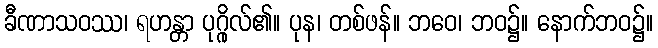
ခီဏာသဝဿ၊ ရဟန္တာ ပုဂ္ဂိုလ်၏။ ပုန၊ တစ်ဖန်။ ဘဝေ၊ ဘဝ၌။ နောက်ဘဝ၌။